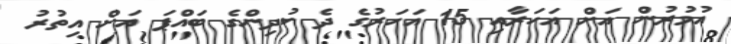
އުމުރުން އަށް އަހަރާއި 15 އަހަރުގެ ދެ ކުދިންގެ ބައްޕަ އަށް އިތުރު